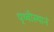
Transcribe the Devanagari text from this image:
पृथ्वीस्थानं